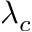
\lambda _ { c }